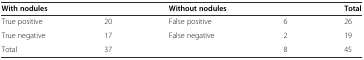
<table><thead><tr><td><b>With nodules</b></td><td></td><td><b>Without nodules</b></td><td></td><td><b>Total</b></td></tr></thead><tbody><tr><td>True positive</td><td>20</td><td>False positive</td><td>6</td><td>26</td></tr><tr><td>True negative</td><td>17</td><td>False negative</td><td>2</td><td>19</td></tr><tr><td>Total</td><td>37</td><td></td><td>8</td><td>45</td></tr></tbody></table>